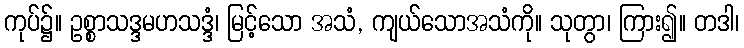
ကုပ်၌။ ဥစ္စာသဒ္ဒမဟသဒ္ဒံ၊ မြင့်သော အသံ, ကျယ်သောအသံကို။ သုတွာ၊ ကြား၍။ တဒါ၊